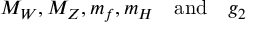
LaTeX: M _ { W } , M _ { Z } , m _ { f } , m _ { H } \quad \mathrm { a n d } \quad g _ { 2 }